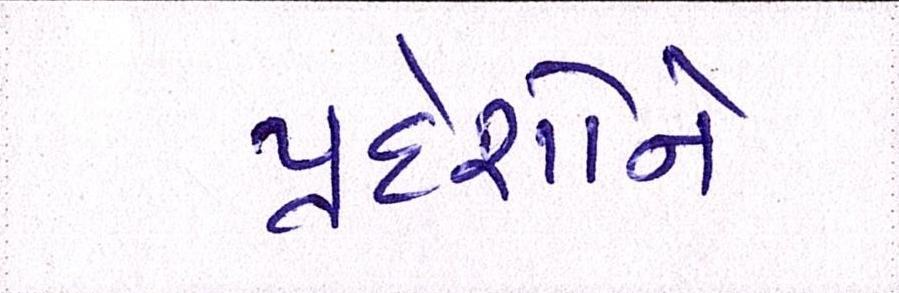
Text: પ્રદેશોને